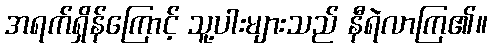
အရက်ရှိန်ကြောင့် သူ့ပါးများသည် နီရဲလာကြ၏။